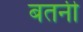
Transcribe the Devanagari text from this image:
बतनी